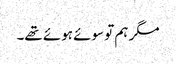
مگر ہم تو سوئے ہوئے تھے۔